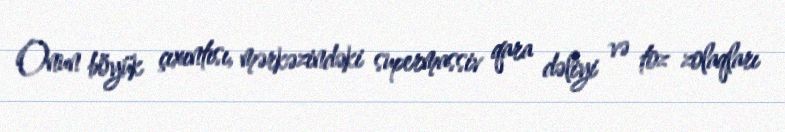
Onun böyük çıxıntısı, mərkəzindəki supermassiv qara dəliyi və toz zolaqları